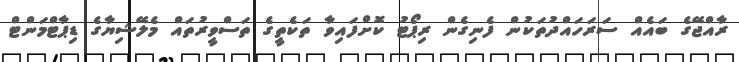
ރާއްޖޭގެ ބައެއް ސަރަހައްދުތަކުން ފެނިގެން ރިޕޯޓު ކޮށްފައިވާ ތަކެތީގެ ތަސްވީރުތައް މެލޭޝިޔާގެ ޑިޕާޓްމަންޓް